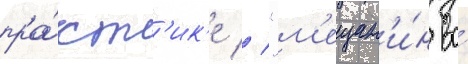
пра́кт'ик'е // "м'ещан'и́н во́